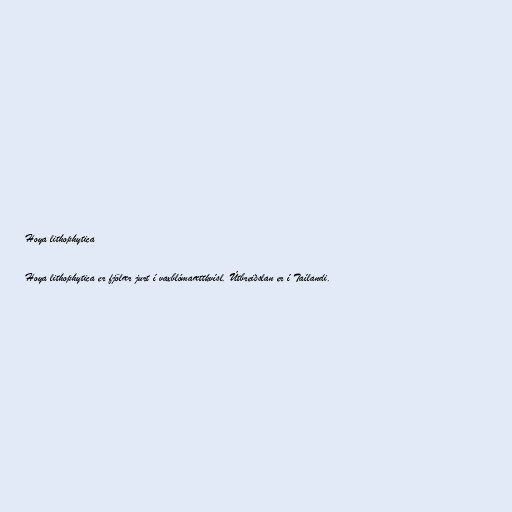
Hoya lithophytica

Hoya lithophytica er fjölær jurt í vaxblómaættkvísl. Útbreiðslan er í Taílandi.